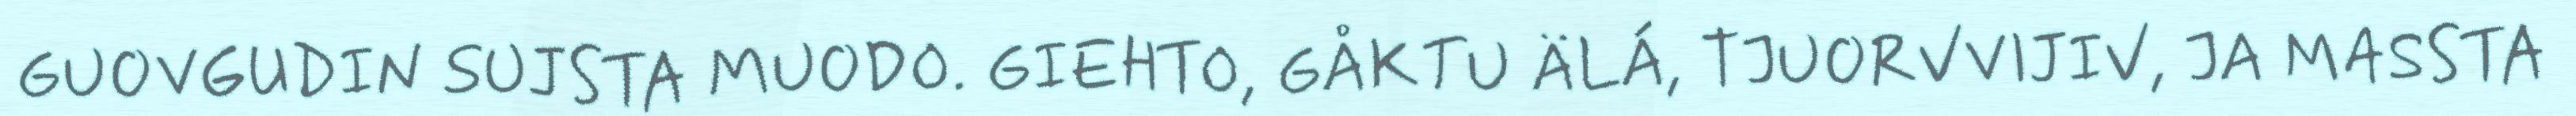
GUOVGUDIN SUJSTA MUODO. GIEHTO, GÅKTU ÄLÁ, TJUORVVIJIV, JA MASSTA